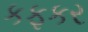
કફકર